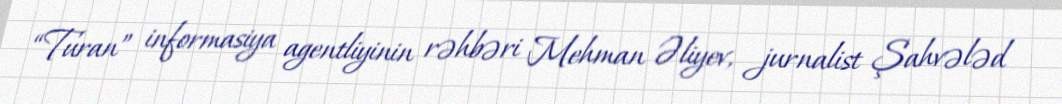
“Turan” informasiya agentliyinin rəhbəri Mehman Əliyev, jurnalist Şahvələd